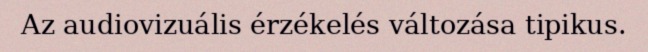
Az audiovizuális érzékelés változása tipikus.